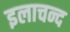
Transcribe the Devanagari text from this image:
इलाचन्द